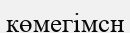
көмегімсн